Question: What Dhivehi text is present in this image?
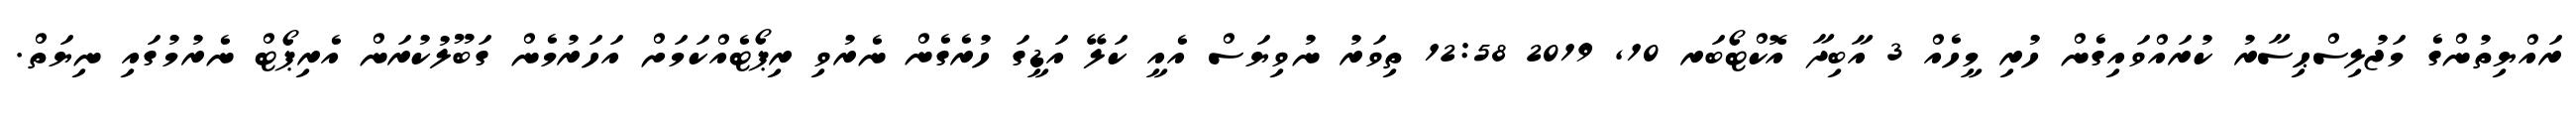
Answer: ރައްޔިތުންގެ މަޖުލިސްޙިސާރު ކުރައްވައިގެން ހުރި މީހެއް 3 އާބިދާ އޮކްޓޯބަރ 10, 2019 12:58 ތިވަރު ނުވިޔަސް އެއީ ކަލޭ އަޑީގަ ހުރެގެން ނެރުވި ރިޕޯޓެއްކަމަށް އަހަރުމެން ގަބޫލުކުރަން އެރިޕޯޓް ނެރުމުގައި ނިޔަތް.